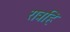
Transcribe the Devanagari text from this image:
रात्रहि